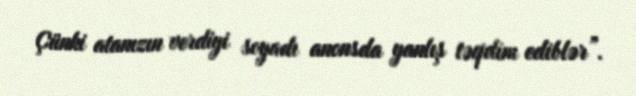
Çünki atanızın verdiyi soyadı anonsda yanlış təqdim ediblər”.